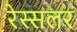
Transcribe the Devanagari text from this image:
रेस्सलर